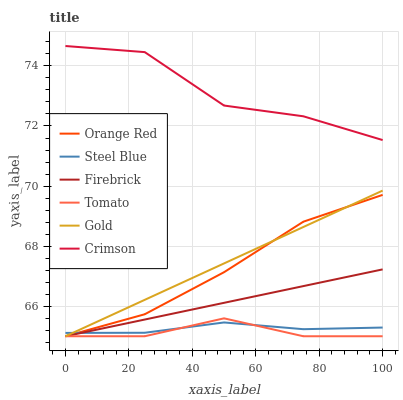
| xaxis_label | Orange Red | Steel Blue | Firebrick | Tomato | Gold | Crimson |
 | --- | --- | --- | --- | --- | --- | --- |
 | 0 | 65 | 65.1 | 65 | 65 | 65 | 74.7 |
 | 25 | 65.7 | 65.1 | 65.6 | 65 | 66.2 | 74.5 |
 | 50 | 67.1 | 65.5 | 66.1 | 65.6 | 67.4 | 72.7 |
 | 75 | 68.8 | 65.2 | 66.7 | 65 | 68.6 | 72.3 |
 | 100 | 69.7 | 65.3 | 67.2 | 65 | 69.8 | 71.5 |